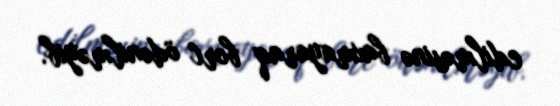
edilməsinə baxmayaraq borc ödənilməyib.